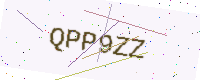
Text: QPP9ZZ